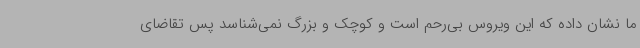
ما نشان داده که این ویروس بی‌رحم است و کوچک و بزرگ نمی‌شناسد پس تقاضای